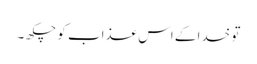
تو خدا کے اس عذاب کو چکھ ۔